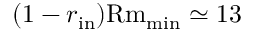
( 1 - r _ { \mathrm { i n } } ) \ensuremath \mathrm { { R m } } _ { \mathrm { m i n } } \simeq 1 3